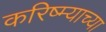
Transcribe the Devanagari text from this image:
करिष्म्याच्या